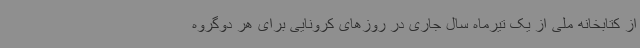
از کتابخانه ملی از یک تیرماه سال جاری در روزهای کرونایی برای هر دوگروه